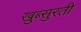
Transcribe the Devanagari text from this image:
खुब्सुरती